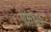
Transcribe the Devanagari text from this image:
एस६३